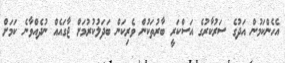
އެހެންކަމުން އަދުގެ ސަރުކާރުގެ އަސްކަރީ ބާރުތަކުން ވެރިކަން ބަދަލުކުރުމަށް ޖާގައެއް ނުދެއްވާނެ ކަމަށް